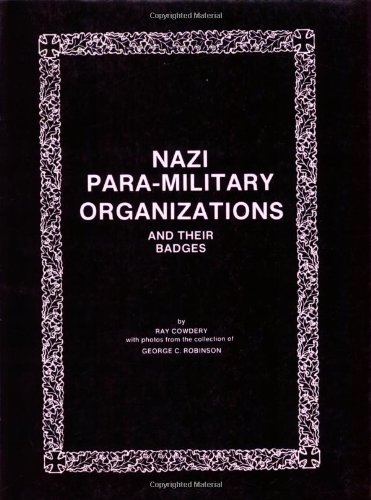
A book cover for Nazi Para-Military Organizations and Their Badges; Ray R. Cowdery; Crafts, Hobbies & Home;